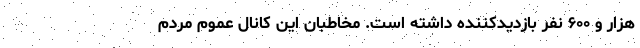
هزار و ۶۰۰ نفر بازدیدکننده داشته است. مخاطبان این کانال عموم مردم